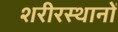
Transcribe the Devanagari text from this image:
शरीरस्थानों